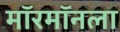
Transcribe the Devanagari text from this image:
मॉरमॉनला